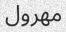
مھرول